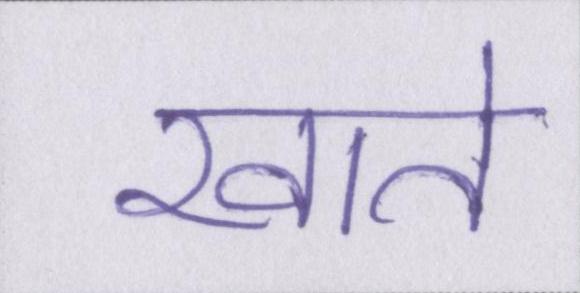
खाते